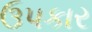
ઉપકાર